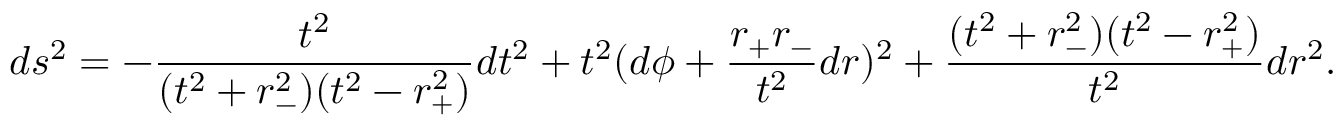
d s ^ { 2 } = - \frac { t ^ { 2 } } { ( t ^ { 2 } + r _ { - } ^ { 2 } ) ( t ^ { 2 } - r _ { + } ^ { 2 } ) } d t ^ { 2 } + t ^ { 2 } ( d \phi + \frac { r _ { + } r _ { - } } { t ^ { 2 } } d r ) ^ { 2 } + \frac { ( t ^ { 2 } + r _ { - } ^ { 2 } ) ( t ^ { 2 } - r _ { + } ^ { 2 } ) } { t ^ { 2 } } d r ^ { 2 } .